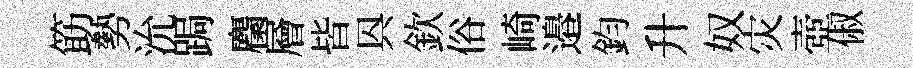
筯勢沇跼麕層皆㒷欽俗崎邉鈞升奴灾壺俶